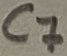
Text: C7